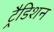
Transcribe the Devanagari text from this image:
ट्रैडिशन